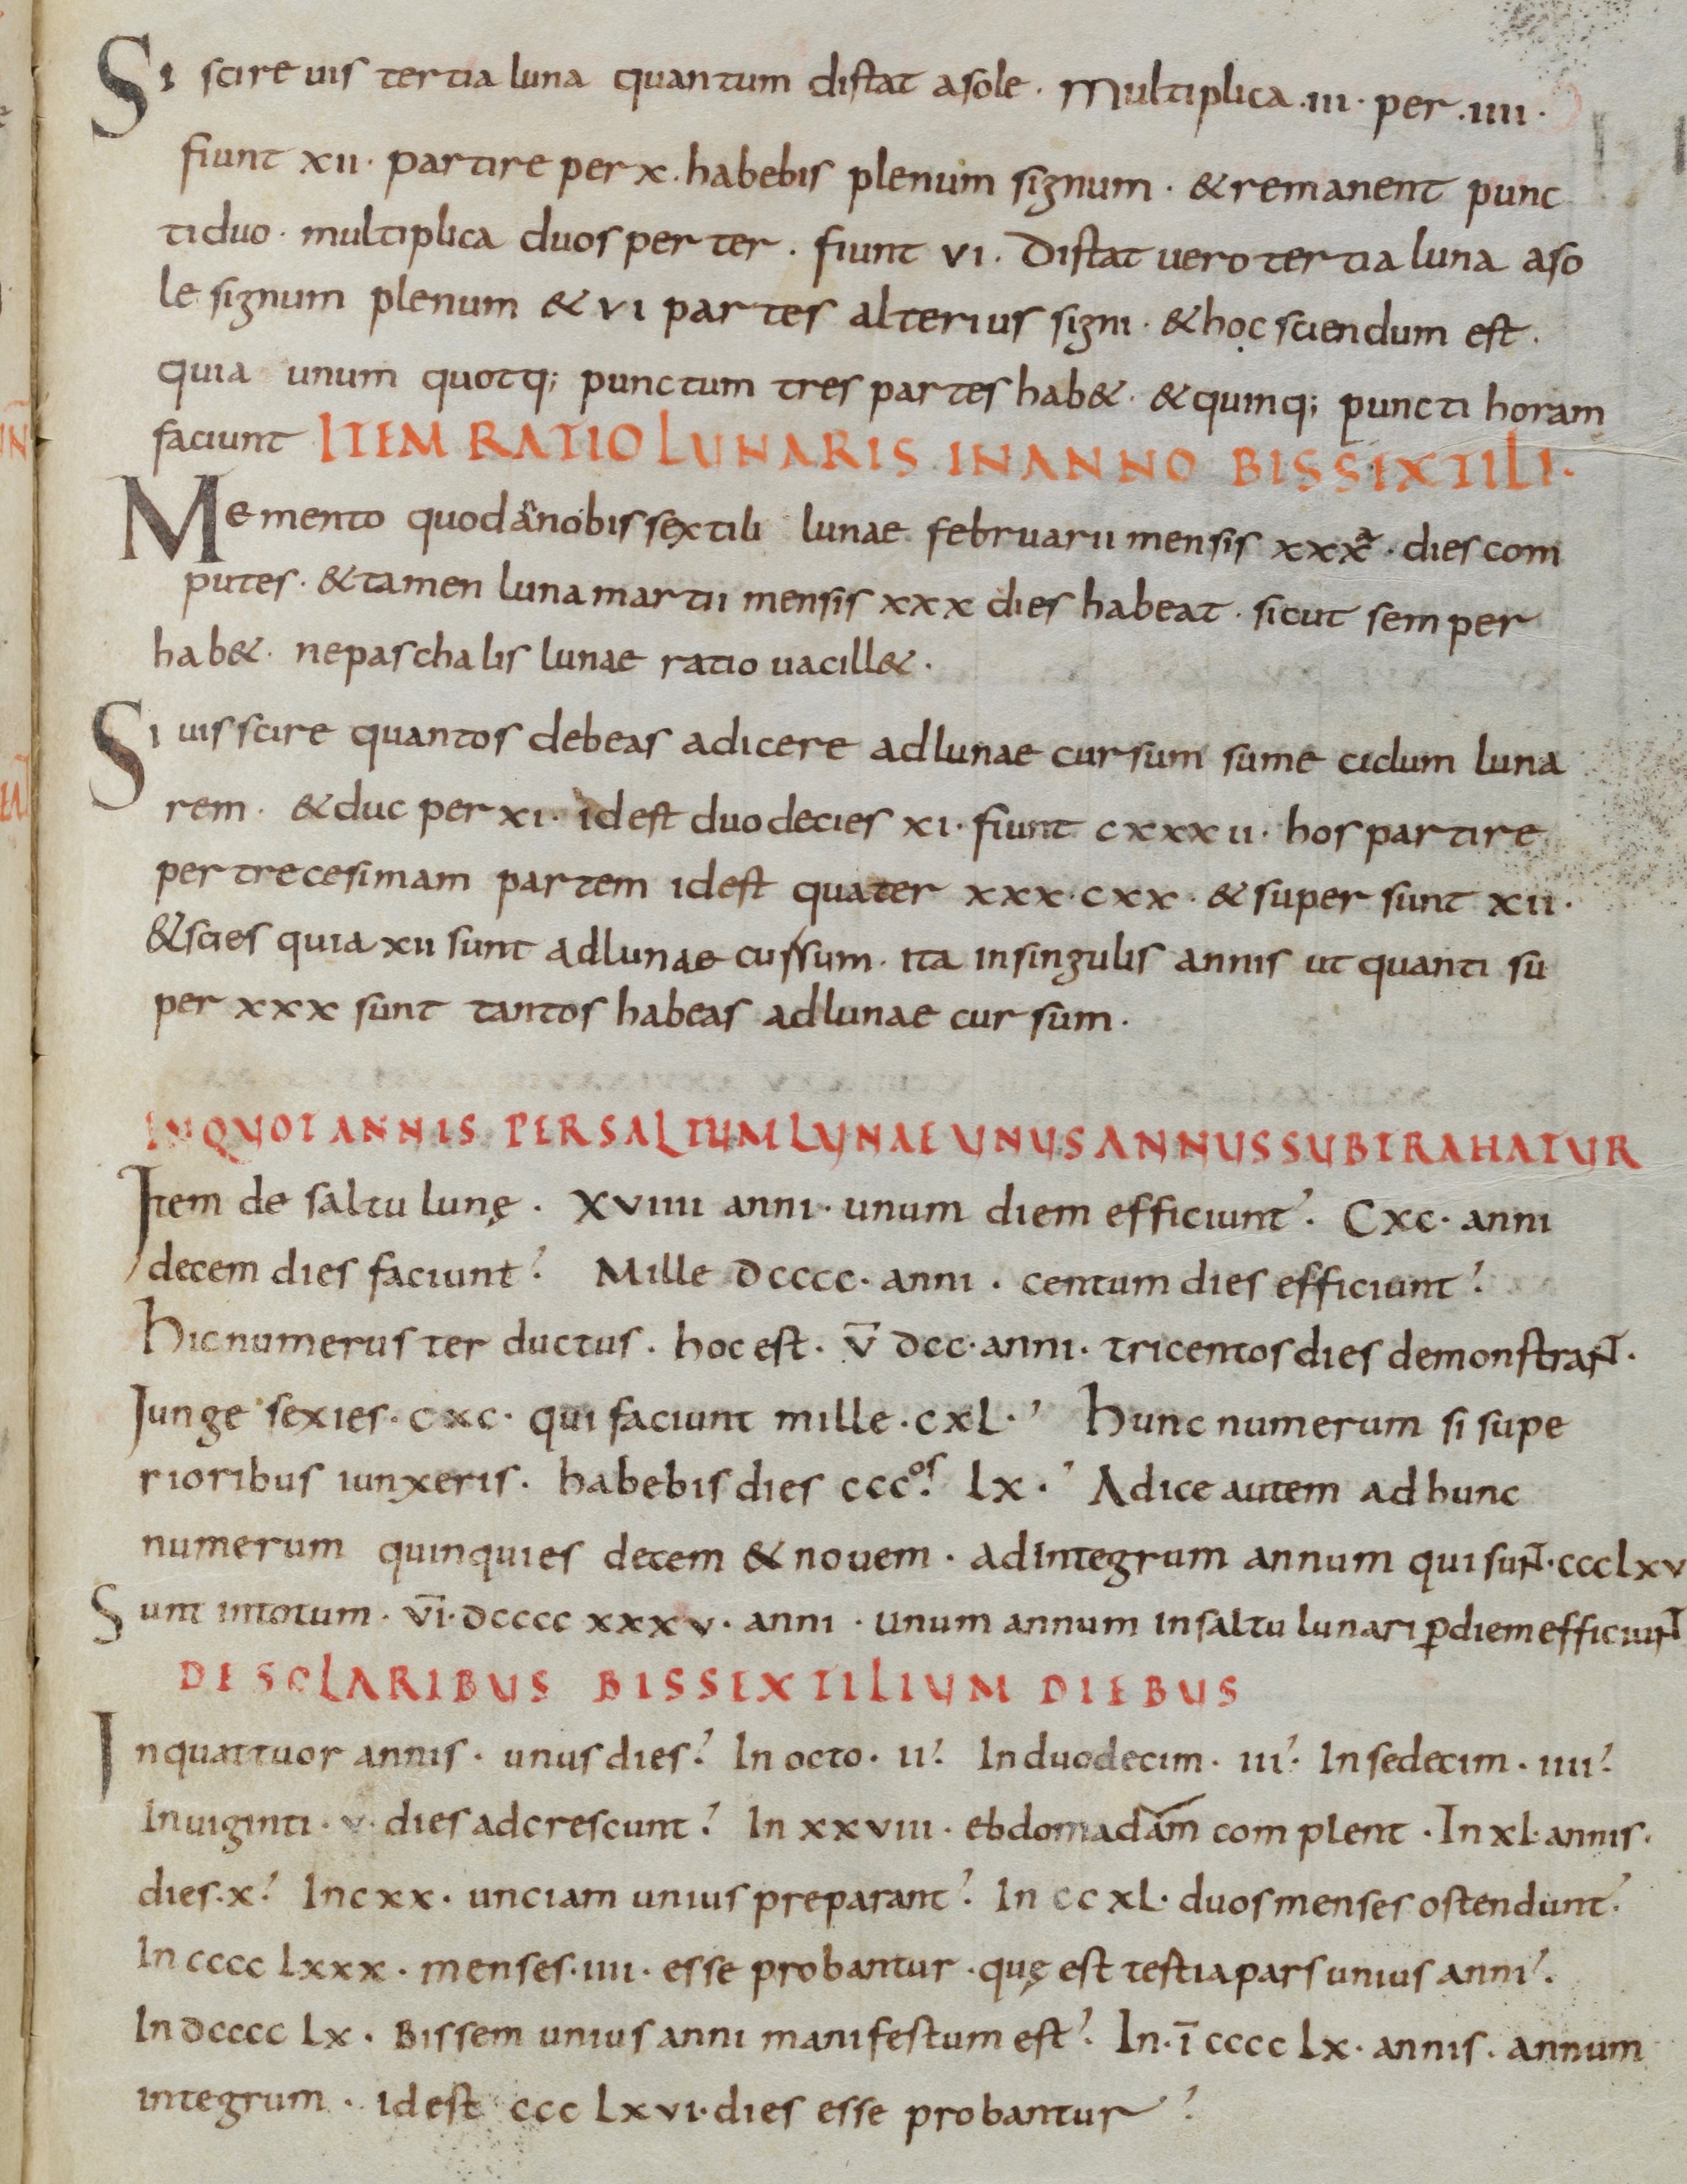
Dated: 835–865